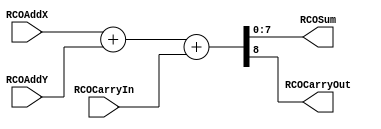
`timescale 1ns / 1ps
//////////////////////////////////////////////////////////////////////////////////
// Company: 
// Engineer: 
// 
// Design Name: 
// Module Name: EightBitAdder
// Project Name: 
// Target Devices: 
// Tool Versions: 
// Description: 
// 
// Dependencies: 
// 
// Revision:
// Revision 0.01 - File Created
// Additional Comments:
// 
//////////////////////////////////////////////////////////////////////////////////


module EightBitAdder(RCOSum, RCOCarryOut, RCOAddX, RCOAddY, RCOCarryIn);
    output [7:0]    RCOSum;
    output          RCOCarryOut;
    input [7:0]     RCOAddX;
    input [7:0]     RCOAddY;
    input           RCOCarryIn;
    
    reg [7:0] RCOSum;
    reg RCOCarryOut;
    
    always @(RCOAddX or RCOAddY or RCOCarryIn)
    begin
        {RCOCarryOut, RCOSum} = RCOAddX + RCOAddY + RCOCarryIn;
    end
    
                              
endmodule